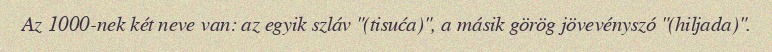
Az 1000-nek két neve van: az egyik szláv "(tisuća)", a másik görög jövevényszó "(hiljada)".